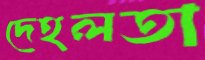
দেহলতা